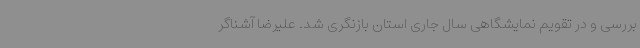
بررسی و در تقویم نمایشگاهی سال جاری استان بازنگری شد. علیرضا آشناگر